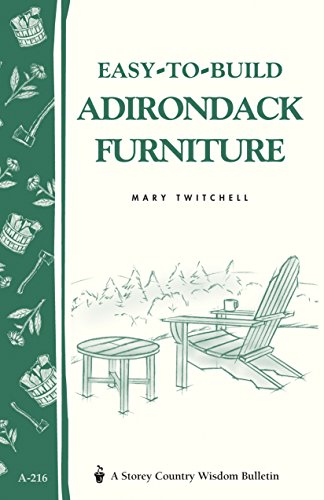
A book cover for Easy-to-Build Adirondack Furniture: Storey's Country Wisdom Bulletin A-216 (Storey Country Wisdom Bulletin); Mary Twitchell; Crafts, Hobbies & Home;